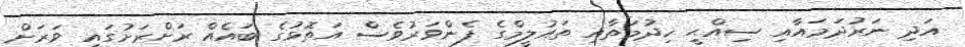
އަދި ނަރުދަމައާއި ސިއްޙީ ޚިދުމަތާއި ތައުލީމްގެ ފެންވަރުވެސް އަތޮޅުގެ ބައެއް ރަށްރަށުގައި ވަރަށް